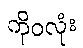
ကိုဝလုံး